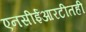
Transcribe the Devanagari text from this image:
एनसीईआरटीतही